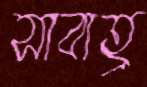
সাবাহ্র